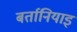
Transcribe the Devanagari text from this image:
बर्तानियाइ